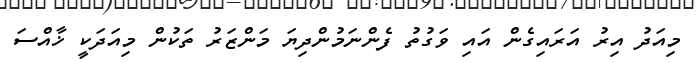
މިއަދު އިރު އަރައިގެން އައި ވަގުތު ފެންނަމުންދިޔަ މަންޒަރު ތަކުން މިއަދަކީ ޚާއްސަ